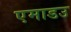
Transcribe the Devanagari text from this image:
एमाडउ